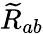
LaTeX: {\widetilde{R}}_{ab}